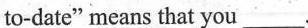
to-date" means that you ___.